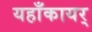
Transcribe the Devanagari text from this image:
यहाँकायर्